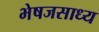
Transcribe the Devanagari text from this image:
भेषजसाध्य